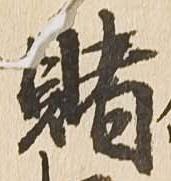
賭